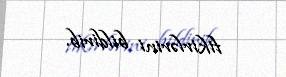
fikirlərini bildirib.